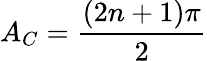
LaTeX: A_{C}=\frac{(2n+1)\pi}{2}